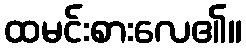
ထမင်းစားလေ၏။